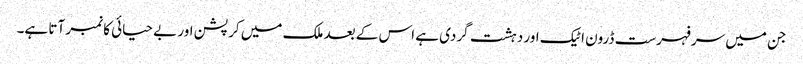
جن میں سرفہرست ڈرون اٹیک اور دہشت گردی ہے اس کے بعد ملک میں کرپشن اور بے حیائی کا نمبر آتا ہے۔